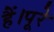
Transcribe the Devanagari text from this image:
हैं।पूरे